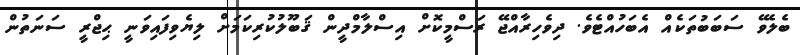
ބެލެވޭ ސަބަބުތަކެއް އެބަހުއްޓެވެ. ދިވެހިރާއްޖޭ ރަސްމީކޮށް އިސްލާމްދީން ޤަބޫލުކުރިކަމަށް ލިޔެވިފައިވަނީ ޙިޖްރީ ސަނަތުން